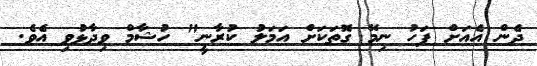
ދެން އެއަށް ފަހު ނިމޭ ގޮތަކަށް އަމަލު ކުރާނީ" ހުޝާމް ވިދާޅުވި އެވެ.